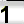
Digit: 1